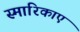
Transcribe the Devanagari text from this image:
स्मारिकाएं